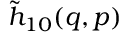
\tilde { h } _ { 1 0 } ( q , p )